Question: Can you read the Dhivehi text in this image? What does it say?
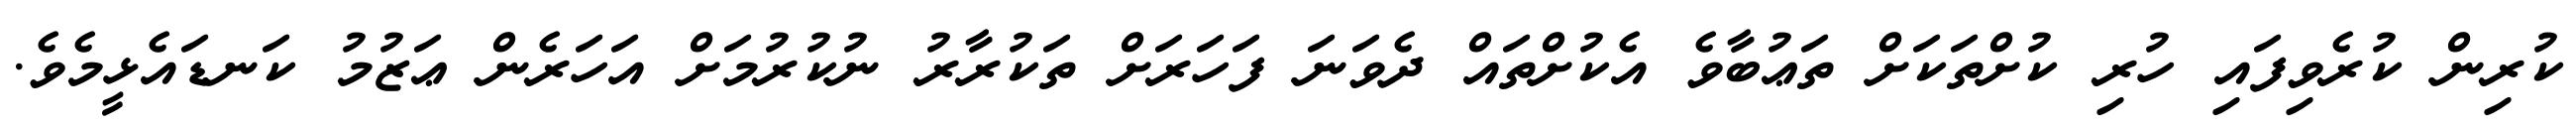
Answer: ކުރިން ކުރެވިފައި ހުރި ކުށްތަކަށް ތަޢުބާވެ އެކުށްތައް ދެވަނަ ފަހަރަށް ތަކުރާރު ނުކުރުމަށް އަހަރެން ޢަޒުމު ކަނޑައެޅީމެވެ.